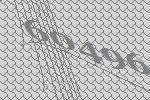
60496